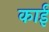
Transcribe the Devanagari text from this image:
काईं